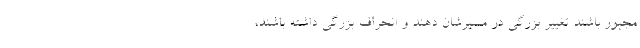
مجبور باشند تغییر بزرگی در مسیرشان دهند و انحراف بزرگی داشته باشند،